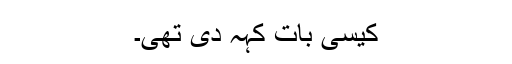
کیسی بات کہہ دی تھی۔